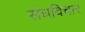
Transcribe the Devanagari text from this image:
संघविचार